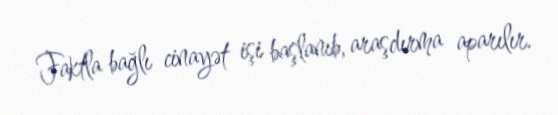
Faktla bağlı cinayət işi başlanıb, araşdırma aparılır.